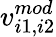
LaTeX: v_{i1,i2}^{mod}